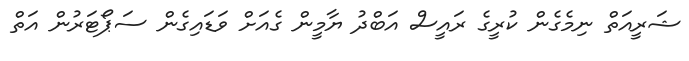
ޝަރީއަތް ނިމެގެން ކުރީގެ ރައީސް އަބްދު ޔާމީން ގެއަށް ވަޑައިގެން ސަޕޯޓަރުން އަތް